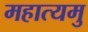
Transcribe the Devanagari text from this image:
महात्यमु